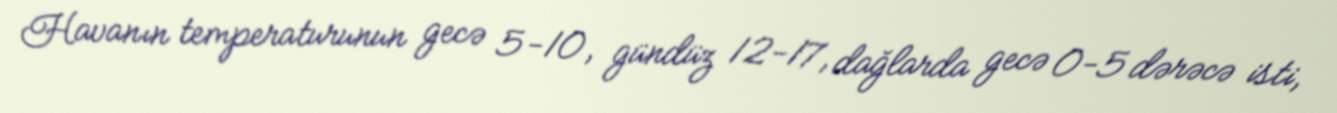
Havanın temperaturunun gecə 5-10, gündüz 12-17, dağlarda gecə 0-5 dərəcə isti,